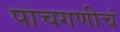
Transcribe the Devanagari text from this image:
पाचगणीचं